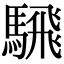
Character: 騛